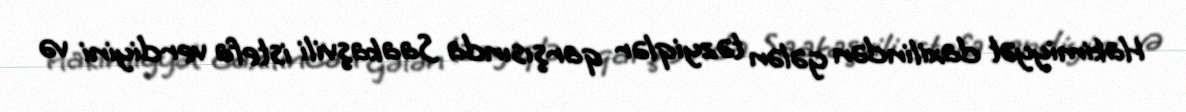
Hakimiyyət daxilindən gələn təzyiqlər qarşısında Saakaşvili istefa verdiyini və